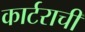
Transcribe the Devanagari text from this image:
कार्टराची